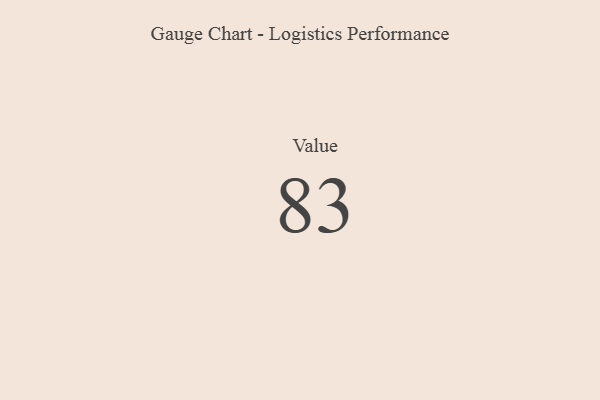
{"axis": {"x": "Metric", "y": "Value"}, "legend": [""], "data": [{"x": "Value", "y": 83, "type": ""}]}